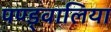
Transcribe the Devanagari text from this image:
पण्ड्वालिया